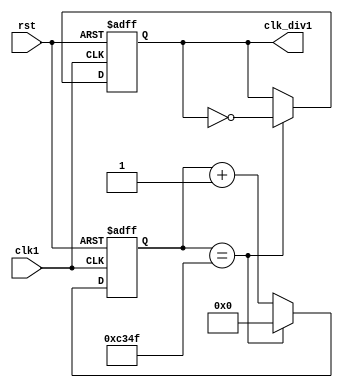
`timescale 1ns / 1ps
//////////////////////////////////////////////////////////////////////////////////
// Company: 
// Engineer: 
// 
// Design Name: 
// Module Name: clk_divider1
// Project Name: 
// Target Devices: 
// Tool Versions: 
// Description: 
// 
// Dependencies: 
// 
// Revision:
// Revision 0.01 - File Created
// Additional Comments:
// 
//////////////////////////////////////////////////////////////////////////////////


module clk_divider1(
 input clk1, rst,
    output reg clk_div1
    );
	
localparam terminalcount = (50000 - 1);
reg [15:0] count;
wire tc;

assign tc = (count == terminalcount);	// Place a comparator on the counter output

always @ (posedge(clk1), posedge(rst))
begin
    if (rst) count <= 0;
    else if (tc) count <= 0;		// Reset counter when terminal count reached
    else count <= count + 1;
end

always @ (posedge(clk1), posedge(rst))
begin
    if (rst) clk_div1 <= 0;
    else if (tc) clk_div1 = !clk_div1;	// T-FF with tc as input signal
end
endmodule